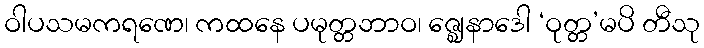
ဝါပသမကရဏေ၊ ကထနေ ပမုတ္တဘာဝ၊ ဇ္ဈေနာဒေါ ‘ဝုတ္တ’မပိ တီသု